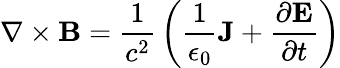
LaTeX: \nabla\times\mathbf{B}={\frac{1}{c^{2}}}\left({\frac{1}{\epsilon_{0}}}\mathbf{J}+{\frac{\partial\mathbf{E}}{\partial t}}\right)